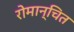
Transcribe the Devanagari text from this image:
रोमान्चित